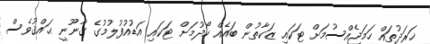
ޚަރަދުތައް ހަމަޖެއްސުމަށް ޓަކައި ޒަކާތުން ބައެއް ހޯދުމަށް ޓަކައި އަޑުއުފުލުމުގެ ޤާނޫނީ ޙައްޤުވެސް